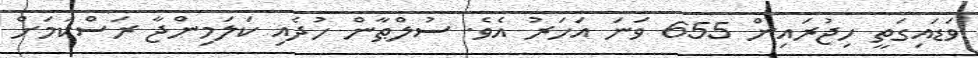
ވަޑައިގަތީ ހިޖުރައިން 655 ވަނަ އަހަރު އެވެ. ސުލްޠާން ހުދެއި ކަލަމިންޖާ ރަސްކަމަށް